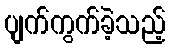
ပျက်ကွက်ခဲ့သည့်